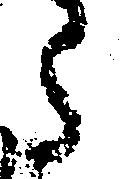
た